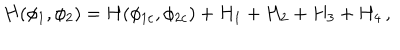
H ( \phi _ { 1 } , \phi _ { 2 } ) = H ( \phi _ { 1 c } , \phi _ { 2 c } ) + H _ { 1 } + H _ { 2 } + H _ { 3 } + H _ { 4 } \, ,